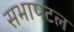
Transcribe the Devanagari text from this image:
सभापटल